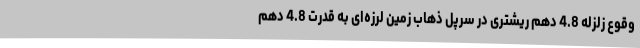
وقوع زلزله 4.8 دهم ریشتری در سرپل ذهاب زمین لرزه‌ای به قدرت 4.8 دهم